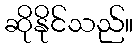
ဆိုနိုင်သည်။